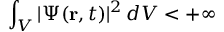
\int _ { V } | \Psi ( \mathbf { r } , t ) | ^ { 2 } \, d V < + \infty